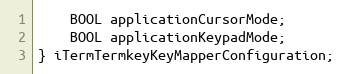
Language: C
    BOOL applicationCursorMode;
    BOOL applicationKeypadMode;
} iTermTermkeyKeyMapperConfiguration;